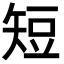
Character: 短